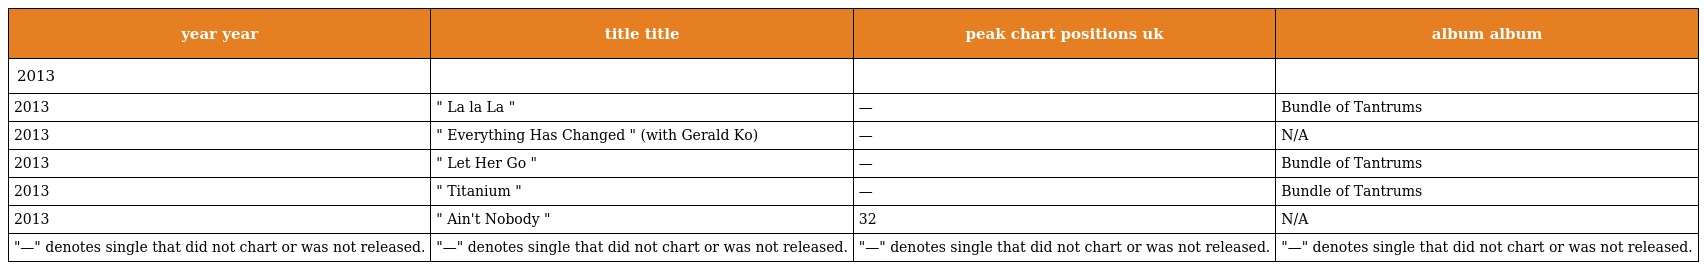
| year year | title title | peak chart positions uk | album album |
 | --- | --- | --- | --- |
 | 2013 |  |  |  |
 | 2013 | " La la La " | — | Bundle of Tantrums |
 | 2013 | " Everything Has Changed " (with Gerald Ko) | — | N/A |
 | 2013 | " Let Her Go " | — | Bundle of Tantrums |
 | 2013 | " Titanium " | — | Bundle of Tantrums |
 | 2013 | " Ain't Nobody " | 32 | N/A |
 | "—" denotes single that did not chart or was not released. | "—" denotes single that did not chart or was not released. | "—" denotes single that did not chart or was not released. | "—" denotes single that did not chart or was not released. |